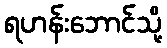
ရဟန်းဘောင်သို့